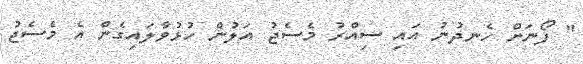
" ފޯނަށް ހެނދުނު އައި ސިއްރު މެސެޖު އަލުން ހުޅުވާލައިގެން އެ މެސެޖު